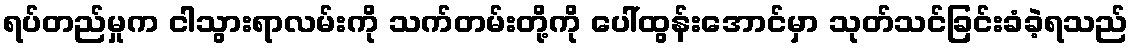
ရပ်တည်မှုက ငါသွားရာလမ်းကို သက်တမ်းတို့ကို ပေါ်ထွန်းအောင်မှာ သုတ်သင်ခြင်းခံခဲ့ရသည်